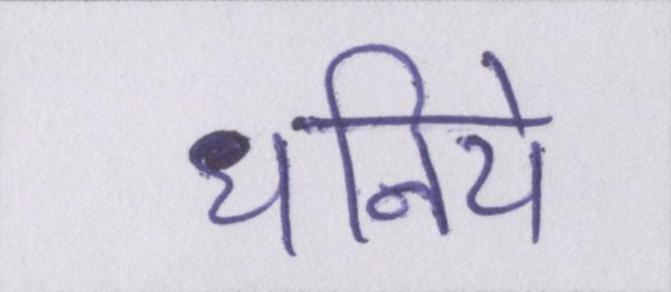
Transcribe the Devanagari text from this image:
धनिये